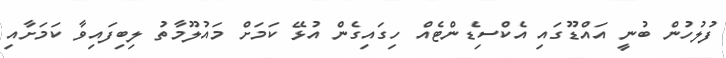
ފުލުހުން ބުނީ އައްޑޫގައި އެކްސިޑެންޓެއް ހިގައިގެން އުޅޭ ކަމަށް މައުލޫމާތު ލިބިފައިވާ ކަމަށާއި